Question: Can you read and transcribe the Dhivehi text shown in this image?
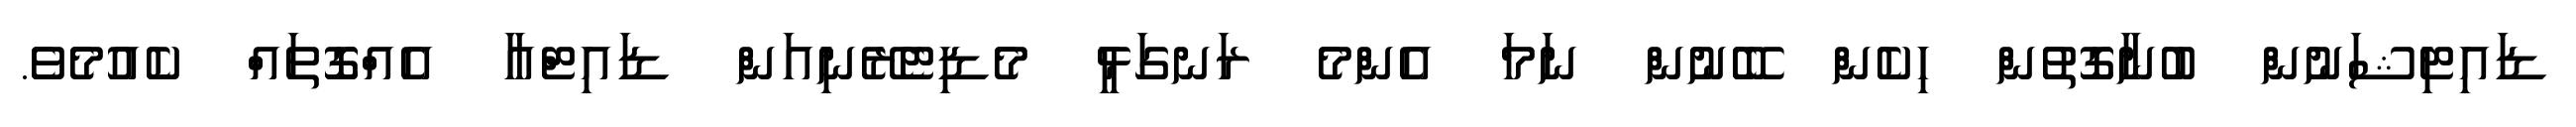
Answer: ޑައިޓިޝަނުން ބުނާގޮތުން ހިކެން ބޭނުން ނަމަ އެންމެ ރަނގަޅީ މެޑިޓެރޭނިއަން ޑައިޓްއާ އެއްގޮތައް ކެއުމެވެ.